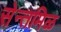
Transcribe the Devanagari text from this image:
सेन्तमिळ